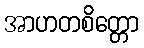
အာဟတစိတ္တော